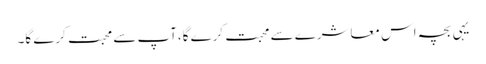
یہی بچہ اس معاشرے سے محبت کرے گا،آپ سے محبت کرے گا۔